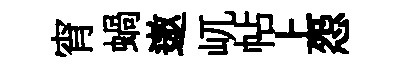
宵蝸遨屼帖上怨